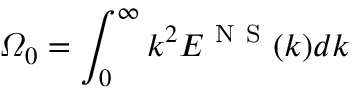
{ { \varOmega } _ { 0 } } = \int _ { 0 } ^ { \infty } { { { k } ^ { 2 } } { { E } ^ { \mathrm { ~ N ~ S ~ } } } ( k ) d k }